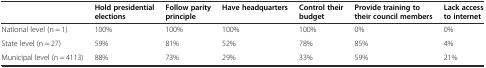
<table><thead><tr><td></td><td><b>Hold presidential elections</b></td><td><b>Follow parity principle</b></td><td><b>Have headquarters</b></td><td><b>Control their budget</b></td><td><b>Provide training to their council members</b></td><td><b>Lack access to internet</b></td></tr></thead><tbody><tr><td>National level (n = 1)</td><td>100%</td><td>100%</td><td>100%</td><td>100%</td><td>0%</td><td>0%</td></tr><tr><td>State level (n = 27)</td><td>59%</td><td>81%</td><td>52%</td><td>78%</td><td>85%</td><td>4%</td></tr><tr><td>Municipal level (n = 4113)</td><td>88%</td><td>73%</td><td>29%</td><td>33%</td><td>59%</td><td>21%</td></tr></tbody></table>